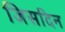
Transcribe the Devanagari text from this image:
जिसदिन